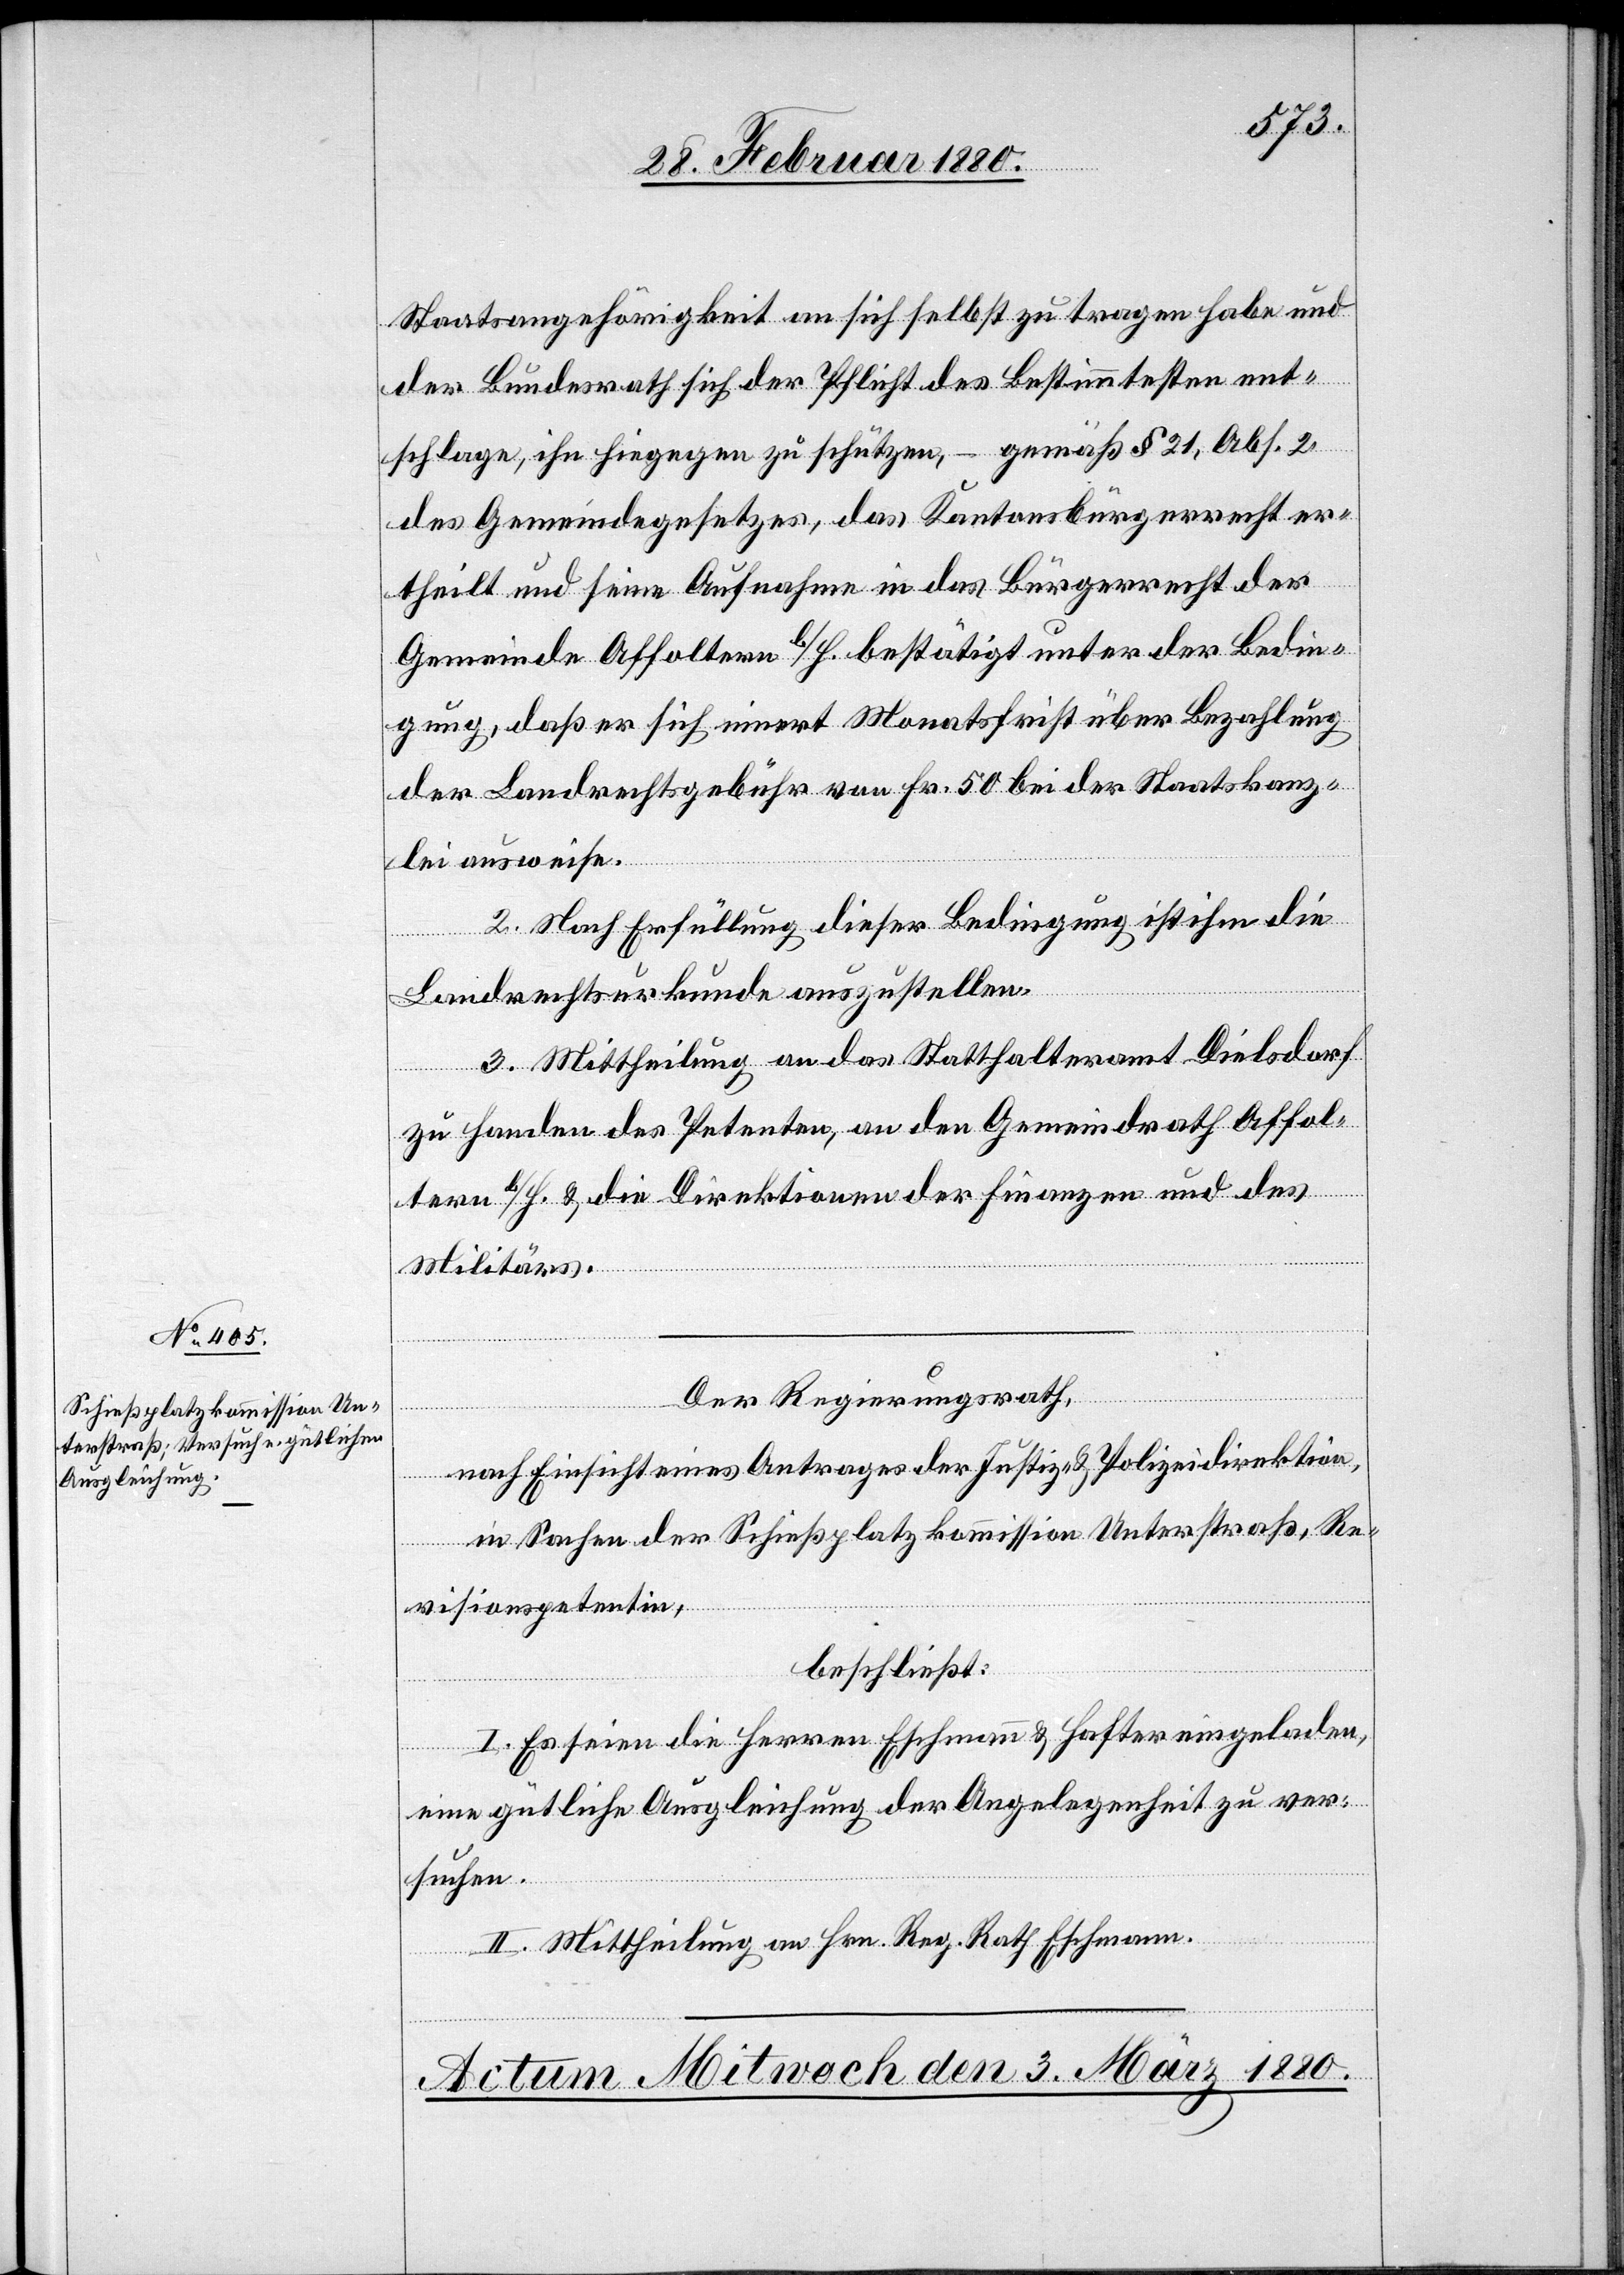
Staatsangehörigkeit an sich selbst zu tragen habe und
der Bundesrath sich der Pflicht des Bestimmtesten ent¬
schlage, ihn hiegegen zu schützen, – gemäß § 21, Abs. 2
des Gemeindegesetzes, das Kantonsbürgerrecht er¬
theilt und seine Aufnahme in das Bürgerrecht der
Gemeinde Affoltern b/H. bestätigt unter der Bedin¬
gung, daß er sich innert Monatsfrist über Bezahlung
der Landrechtsgebühr von Fr. 50 bei der Staatskanz¬
lei ausweise.
2. Nach Erfüllung dieser Bedingung ist ihm die
Landrechtsurkunde auszustellen.
3. Mittheilung an das Statthalteramt Dielsdorf
zu Handen des Petenten, an den Gemeindrath Affol¬
tern b/H. & die Direktionen der Finanzen und des
Militärs.
Der Regierungsrath,
nach Einsicht eines Antrages der Justiz- & Polizeidirektion,
in Sachen der Schießplatzkommission Unterstraß, Re¬
visionspetentin,
beschließt:
I. Es seien die Herren Eschmann & Hafter eingeladen,
eine gütliche Ausgleichung der Angelegenheit zu ver¬
suchen.
II. Mittheilung an Hrn. Reg. Rath Eschmann.